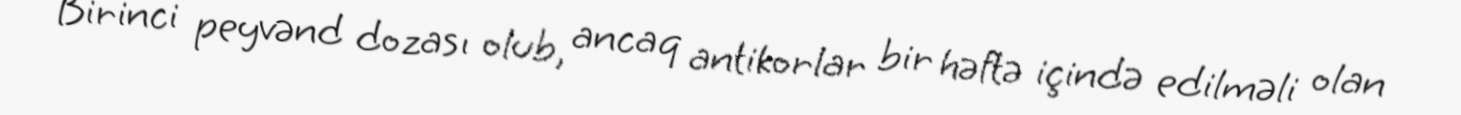
Birinci peyvənd dozası olub, ancaq antikorlar bir həftə içində edilməli olan